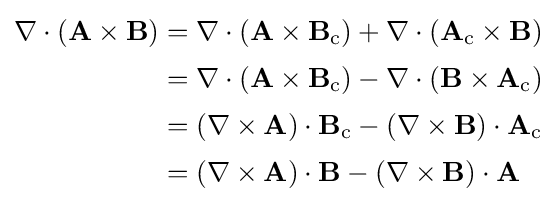
{\begin{aligned}\nabla \cdot (\mathbf {A} \times \mathbf {B} )&=\nabla \cdot (\mathbf {A} \times \mathbf {B} _{\mathrm {c} })+\nabla \cdot (\mathbf {A} _{\mathrm {c} }\times \mathbf {B} )\\[2pt]&=\nabla \cdot (\mathbf {A} \times \mathbf {B} _{\mathrm {c} })-\nabla \cdot (\mathbf {B} \times \mathbf {A} _{\mathrm {c} })\\[2pt]&=(\nabla \times \mathbf {A} )\cdot \mathbf {B} _{\mathrm {c} }-(\nabla \times \mathbf {B} )\cdot \mathbf {A} _{\mathrm {c} }\\[2pt]&=(\nabla \times \mathbf {A} )\cdot \mathbf {B} -(\nabla \times \mathbf {B} )\cdot \mathbf {A} \end{aligned}}